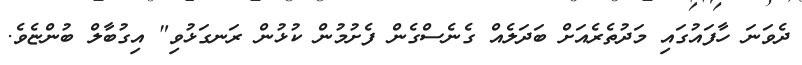
ދެވަނަ ހާފައުގައި މަދުތެރެއަށް ބަދަލެއް ގެނެސްގެން ފެށުމުން ކުޅުން ރަނގަޅުވި" އިގުބާލް ބުންޏެވެ.